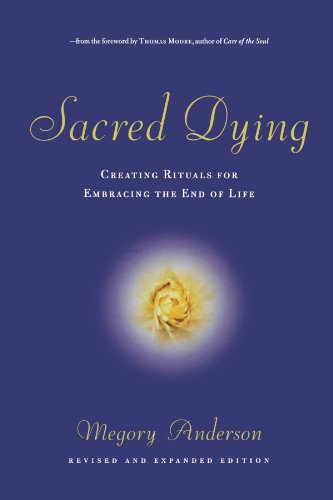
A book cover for Sacred Dying: Creating Rituals for Embracing the End of Life; Megory Anderson; Politics & Social Sciences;